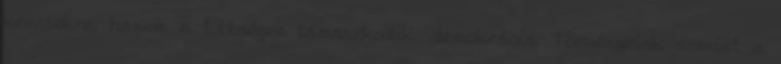
kevesekre, hanem a többségre támaszkodik: demokrácia. Törvényeink szerint a